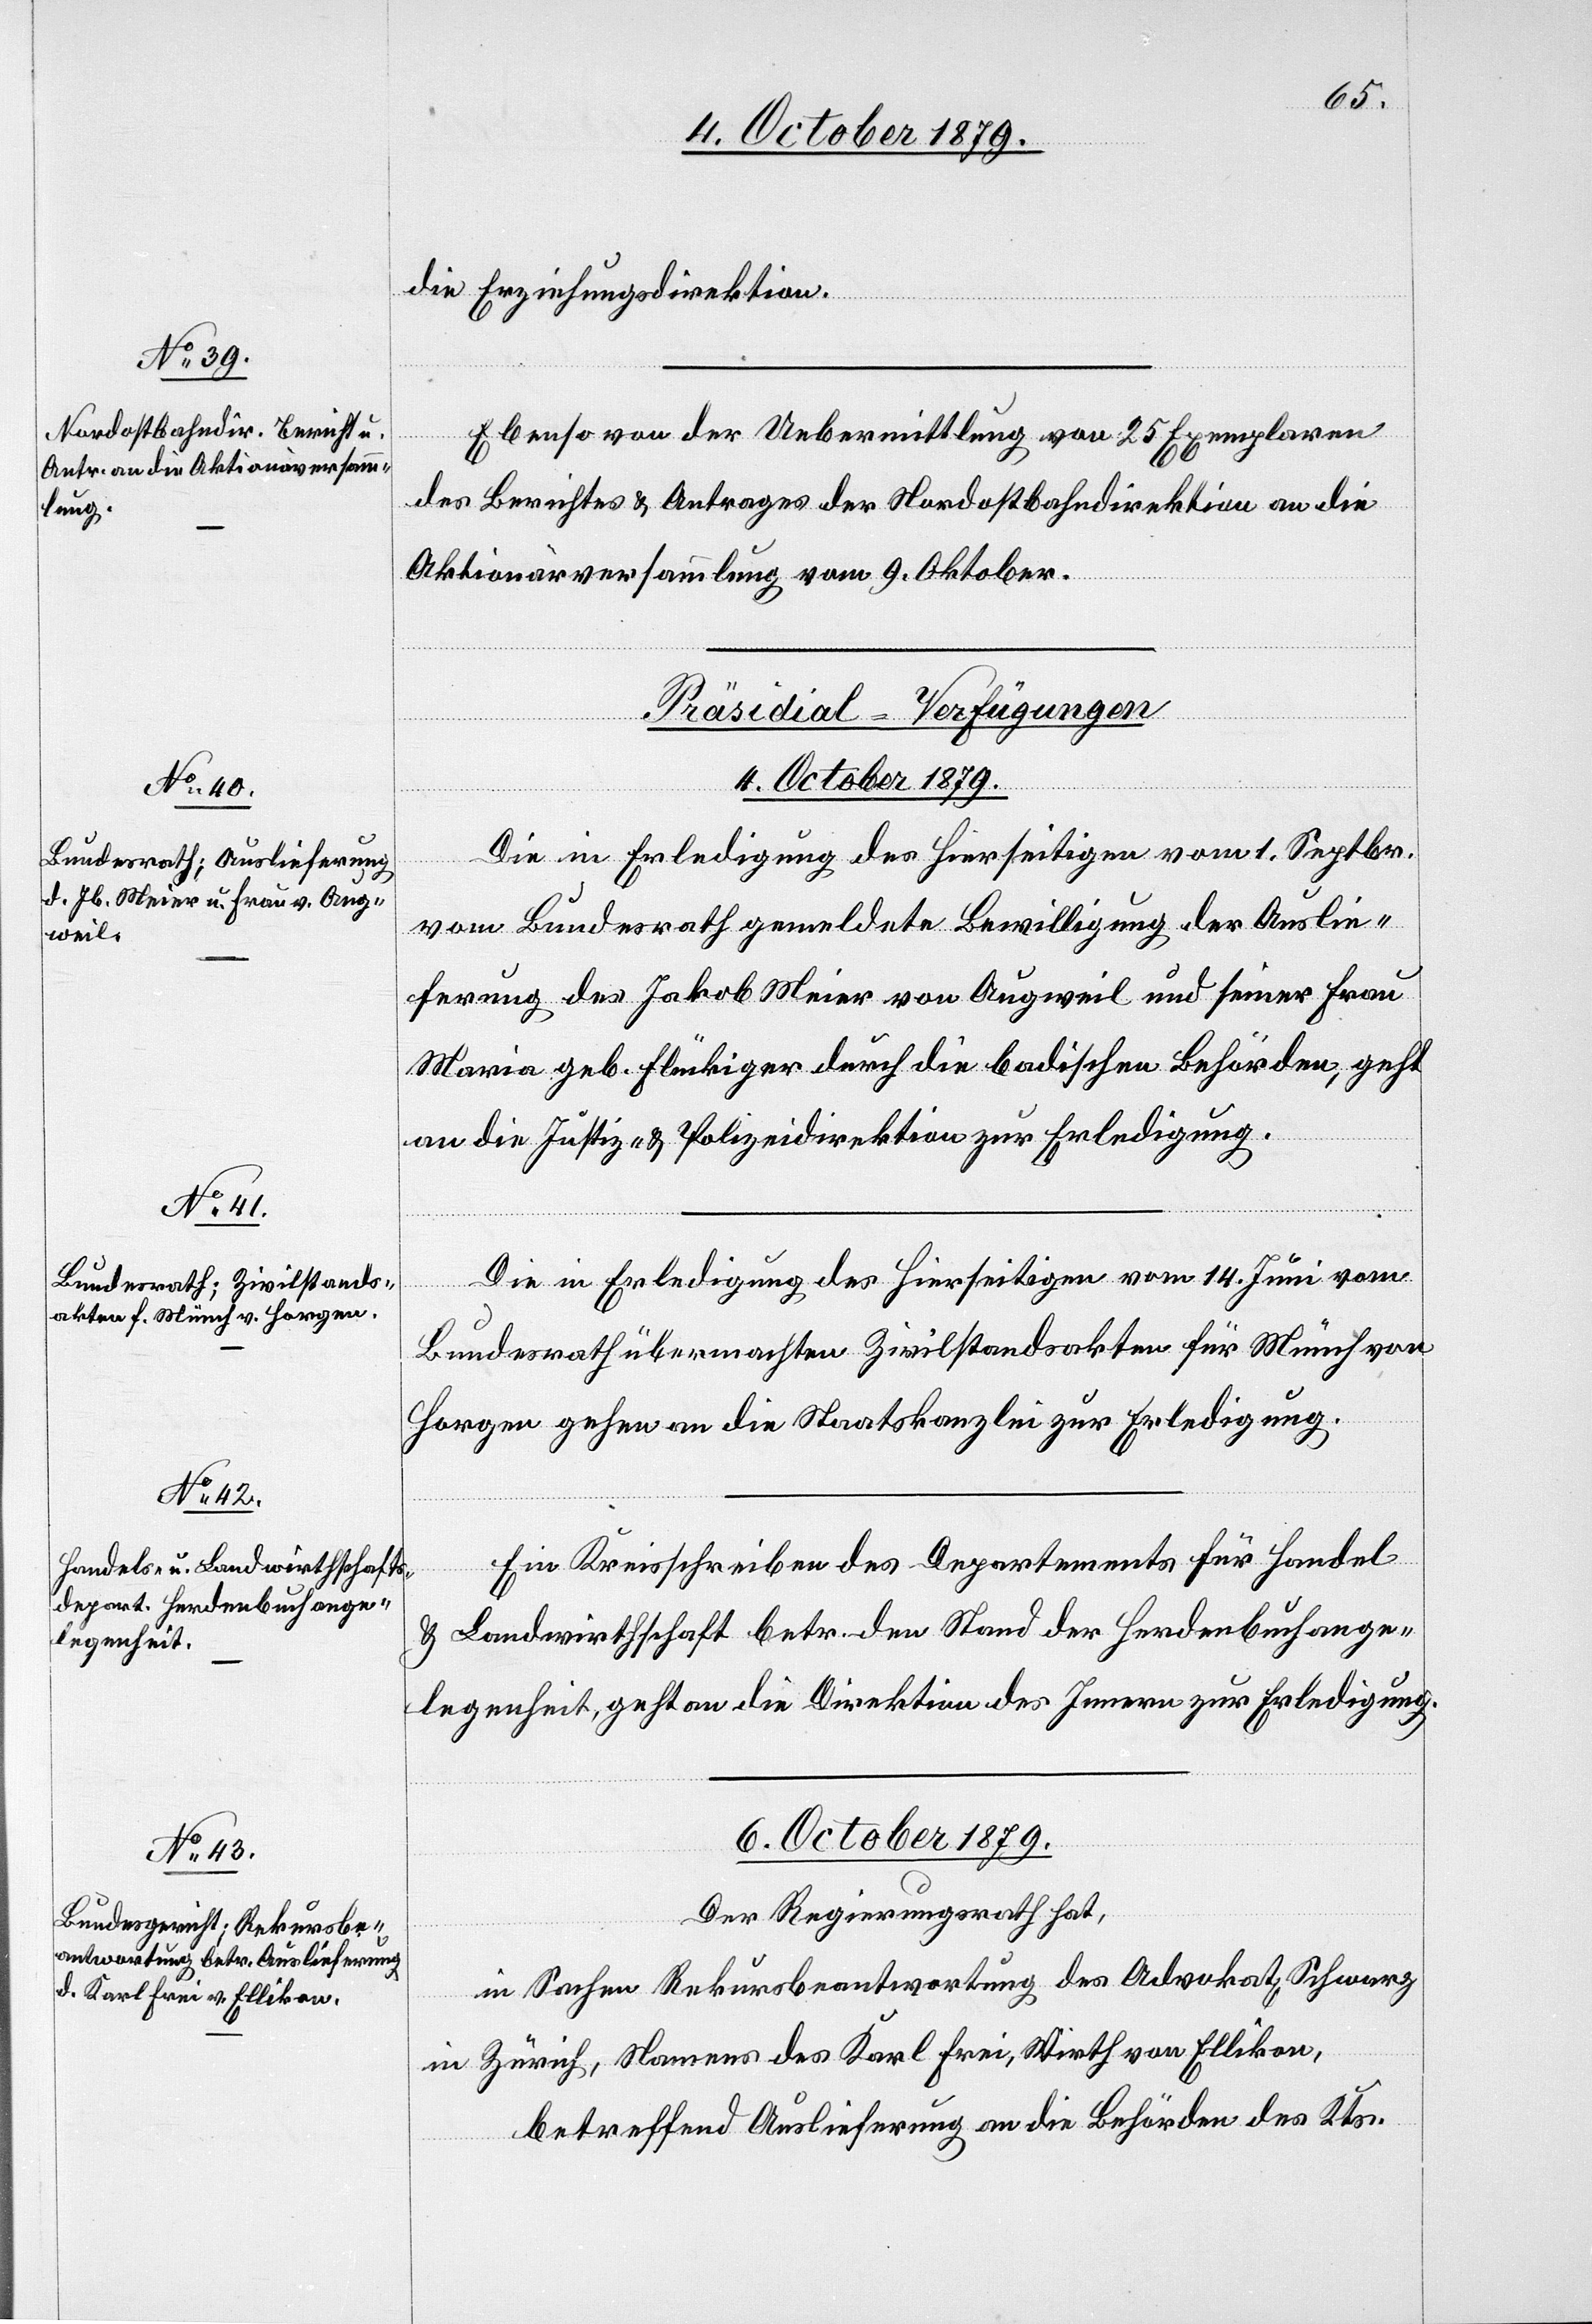
die Erziehungsdirektion.
Ebenso von der Uebermittlung von 25 Exemplaren
des Berichtes & Antrages der Nordostbahndirektion an die
Aktionärsversammlung vom 9. Oktober.
[Präsidial-Verfügungen]
6. October 1879.
Die in Erledigung des Hierseitigen vom 1. Septbr.
vom Bundesrath gemeldete Bewilligung der Auslie¬
ferung des Jakob Meier von Augweil und seiner Frau
Maria geb. Flückiger durch die badischen Behörden, geht
an die Justiz- & Polizeidirektion zu Erledigung.
Die in Erledigung des Hierseitigen vom 14. Juni vom
Bundesrath übermachten Zivilstandsakten für Münch von
Horgen gehen an die Staatskanzlei zur Erledigung.
Ein Kreisschreiben des Departements für Handel
& Landwirtschaft betr. den Stand der Herdenbuchange¬
legenheit, geht an die Direktion des Innern zur Erledigung.
Der Regierungsrath hat,
in Sachen Rekursbeantwortung des Advokat Schwarz
in Zürich, Namens des Karl Frei, Wirth von Ellikon
betreffend Auslieferung an die Behörden des Kts.